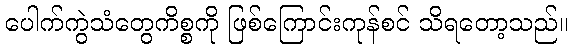
ပေါက်ကွဲသံတွေကိစ္စကို ဖြစ်ကြောင်းကုန်စင် သိရတော့သည်။